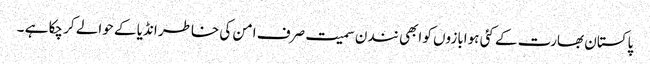
پاکستان بھارت کے کئی ہوابازوں کو ابھی نندن سمیت صرف امن کی خاطر انڈیا کے حوالے کر چکا ہے ۔